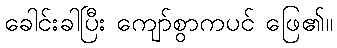
ခေါင်းခါပြီး ကျော်စွာကပင် ဖြေ၏။